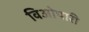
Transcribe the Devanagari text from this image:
विओपारी